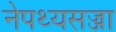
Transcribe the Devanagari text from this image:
नेपथ्यसज्जा